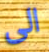
الى